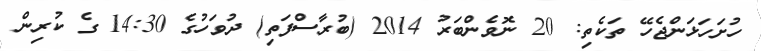
ހުށަހަޅަންޖެހޭ ތަކެތި: 20 ނޮވެންބަރު 2014 (ބުރާސްފަތި) ދުވަހުގެ 14:30 ގެ ކުރިން